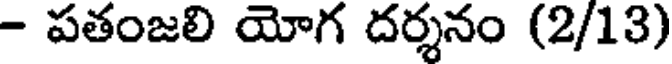
- పతంజలి యోగ దర్శనం (2/13)